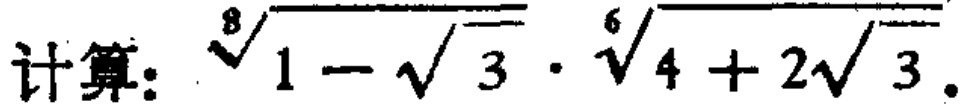
计算：$\sqrt[8]{1 - \sqrt{3}} \cdot \sqrt[6]{4 + 2\sqrt{3}}$